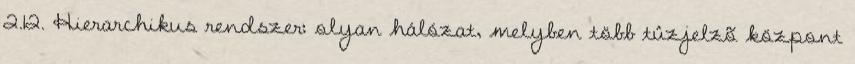
2.12. Hierarchikus rendszer: olyan hálózat, melyben több tûzjelzõ központ